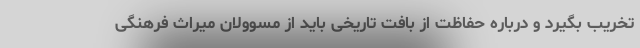
تخریب بگیرد و درباره حفاظت از بافت تاریخی باید از مسوولان میراث فرهنگی